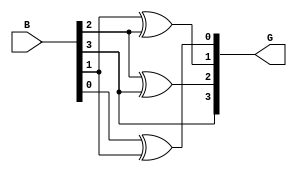
module gray_code_encoder #(parameter n = 4) (
    input  wire [n-1:0] B, // n-bit binary input
    output wire [n-1:0] G  // n-bit Gray code output
);

    // Assign the MSB of the Gray code directly from the binary input MSB
    assign G[n-1] = B[n-1];

    // Generate the rest of the Gray code bits using XOR operation
    genvar i;
    generate
        for (i = n-2; i >= 0; i = i - 1) begin : gray_logic
            assign G[i] = B[i] ^ B[i+1]; // G[i] = B[i] XOR B[i+1]
        end
    endgenerate

endmodule